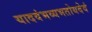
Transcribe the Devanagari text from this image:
यादवंभव्यभतोयदेवं